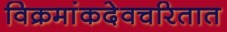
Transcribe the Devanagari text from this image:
विक्रमांकदेवचरितात